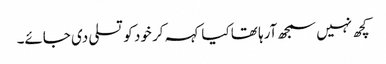
کچھ نہیں سمجھ آرہا تھا کیا کہہ کر خود کو تسلی دی جائے۔